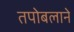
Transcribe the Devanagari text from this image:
तपोबलाने